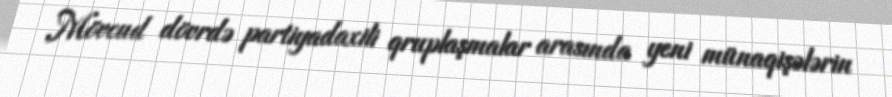
Mövcud dövrdə partiyadaxili qruplaşmalar arasında yeni münaqişələrin